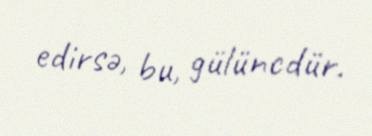
edirsə, bu, gülüncdür.